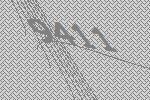
9411